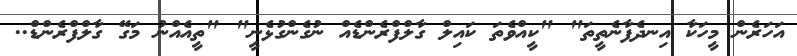
އަހަރެން މީހަކާ އިނދެފާނެތީތަ" "ކީއްވެތަ ކައިލް ގާލްފްރެންޑެއް ނުގެންގުޅެނީ" "ތީއެއްނު މަގޭ ގާލްފްރެންޑް..